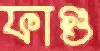
ফাগু